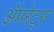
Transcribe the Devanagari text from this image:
अॅपरेट्स